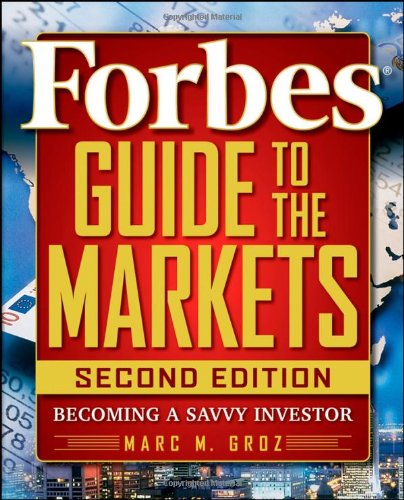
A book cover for Forbes Guide to the Markets: Becoming a Savvy Investor; Forbes LLC; Business & Money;